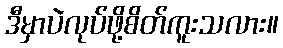
ဒီမှာပဲလုပ်ဖို့စိတ်ကူးသလား။